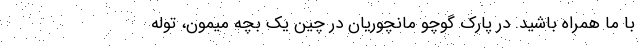
با ما همراه باشید. در پارک گوچو مانچوریان در چین یک بچه میمون، توله